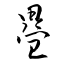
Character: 疂